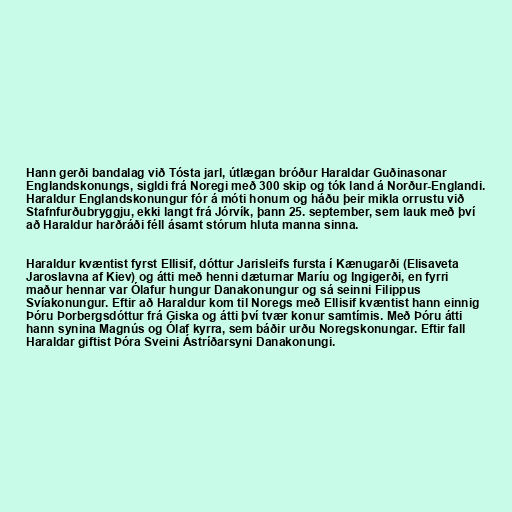
Hann gerði bandalag við Tósta jarl, útlægan bróður Haraldar Guðinasonar
Englandskonungs, sigldi frá Noregi með 300 skip og tók land á Norður-Englandi.
Haraldur Englandskonungur fór á móti honum og háðu þeir mikla orrustu við
Stafnfurðubryggju, ekki langt frá Jórvík, þann 25. september, sem lauk með því
að Haraldur harðráði féll ásamt stórum hluta manna sinna.

Haraldur kvæntist fyrst Ellisif, dóttur Jarisleifs fursta í Kænugarði (Elisaveta
Jaroslavna af Kiev) og átti með henni dæturnar Maríu og Ingigerði, en fyrri
maður hennar var Ólafur hungur Danakonungur og sá seinni Filippus
Svíakonungur. Eftir að Haraldur kom til Noregs með Ellisif kvæntist hann einnig
Þóru Þorbergsdóttur frá Giska og átti því tvær konur samtímis. Með Þóru átti
hann synina Magnús og Ólaf kyrra, sem báðir urðu Noregskonungar. Eftir fall
Haraldar giftist Þóra Sveini Ástríðarsyni Danakonungi.